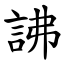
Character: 䛍